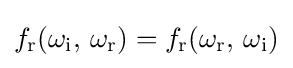
f_{\text{r}}(\omega _{\text{i}},\,\omega _{\text{r}})=f_{\text{r}}(\omega _{\text{r}},\,\omega _{\text{i}})